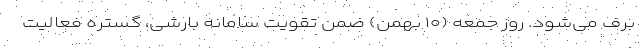
برف می‌شود. روز جمعه (۱۰ بهمن) ضمن تقویت سامانه بارشی، گستره فعالیت